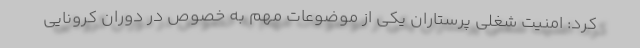
کرد: امنیت شغلی پرستاران یکی از موضوعات مهم به خصوص در دوران کرونایی